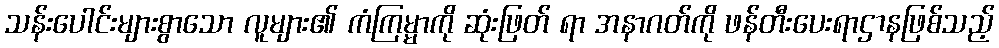
သန်းပေါင်းများစွာသော လူများ၏ ကံကြမ္မာကို ဆုံးဖြတ် ရာ အနာဂတ်ကို ဖန်တီးပေးရာဌာနဖြစ်သည့်